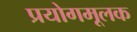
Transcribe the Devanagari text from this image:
प्रयोगमूलक